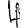
Digit: 4